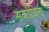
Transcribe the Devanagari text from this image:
सर्काविला